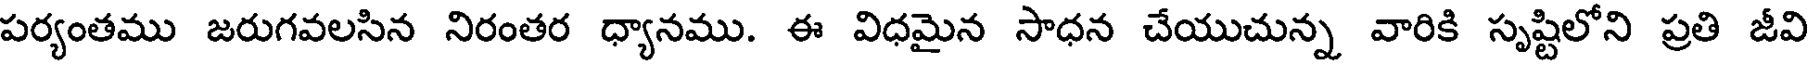
పర్యంతము జరుగవలసిన నిరంతర ధ్యానము. ఈ విధమైన సాధన చేయుచున్న వారికి సృష్టిలోని ప్రతి జీవి